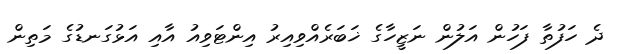
ދެ ހަފުތާ ފަހުން އަލުން ނަޒީހާގެ ޚަބަރެއްވިއިރު އިންޓަވިއު އާއި އަޅުގަނޑުގެ މަތިން